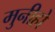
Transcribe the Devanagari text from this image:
मुनीहो